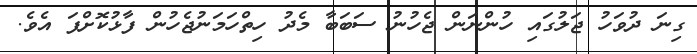
ގިނަ ދުވަހު ޖަލުގައި ހުންނަން ޖެހުނު ސަބަބާ މެދު ހިތްހަމަނުޖެހުން ފާޅުކޮށްފަ އެވެ.